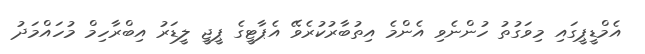
އެމްޑީޕީގައި މިވަގުތު ހުންނެވި އެންމެ އިތުބާރުކުރެވޭ އެޕާޓީގެ ޕީޖީ ލީޑަރު އިބްރާހިމް މުހައްމަދު